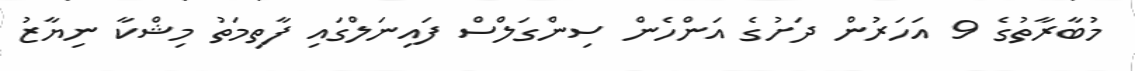
މުބާރާތުގެ 9 އަހަރުން ދަށުގެ އަންހެން ސިންގަލްސް ފައިނަލްގައި ފާތިމަތު މިޝްކާ ނިޔާޒު